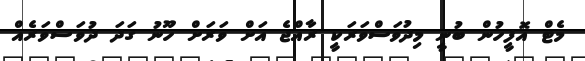
މެޓް އޮފީހުން ބުނީ މިދުވަސްވަރަކީ ރާއްޖެ އަށް ވަރަށް ހޫނު ގަދަ ދުވަސްވަރެއް